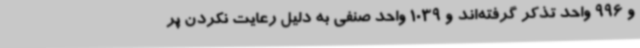
و 996 واحد تذکر گرفته‌اند و 1039 واحد صنفی به دلیل رعایت نکردن پر